Vaccination in the Punjab 1867-1880 - 1867-1880
Year: 1867
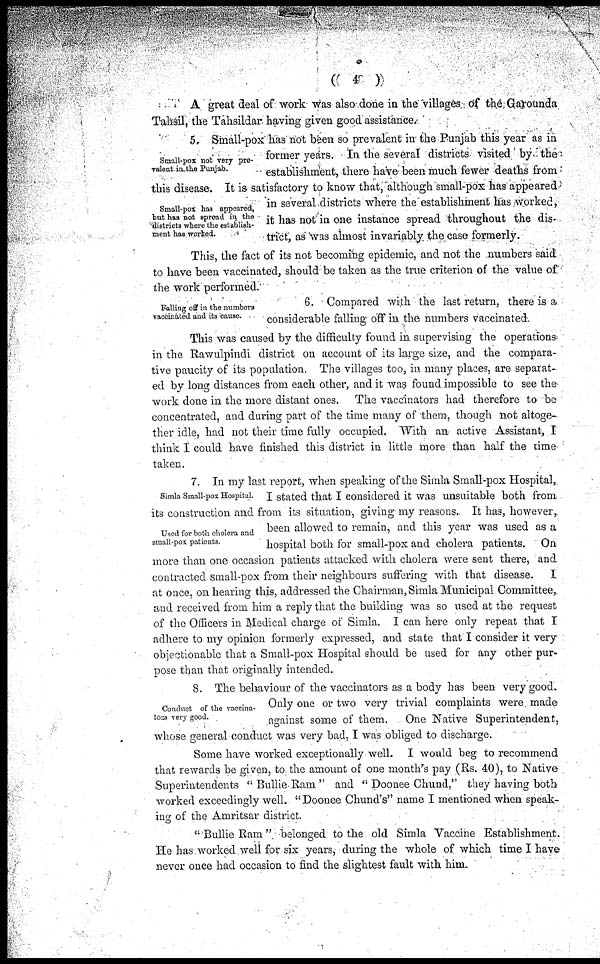
((
4
))
A great deal of work was also done in the villages of the Garounda
Tahsil, the Tahsildar having given good assistance.
Small-pox not very pre-
valent in the Punjab.
Small-pox has appeared,
but has not spread in theSmall-pox has not been
districts where the establish-
ment has worked.
5. Small-pox has not been so prevalent in the Punjab this year as in
former years. In the several districts visited by the
establishment, there have been much fewer deaths from
this disease. It is satisfactory to know that, although small-pox has appeared
in several districts where the establishment has worked,
it has not in one instance spread throughout the dis-
trict, as was almost invariably the case formerly.
This, the fact of its not becoming epidemic, and not the numbers said
to have been vaccinated, should be taken as the true criterion of the value of
the work performed.
Falling off in the numbers
vaccinatëd and its 'cause.
6. Compared with the last return, there is a
considerable falling off in the numbers vaccinated.
This was caused by the difficulty found in supervising the operations
in the Rawulpindi district on account of its large size, and the compara-
tive paucity of its population. The villages too, in many places, are separat-
ed by long distances from each other, and it was found impossible to see the-
work done in the more distant ones. The vaccinators had therefore to be
concentrated, and during part of the time many of them, though not altoge-
ther idle, had not their time fully occupied. With an active Assistant, I
think I could have finished this district in little more than half the time
taken.
Simla Small-pox Hospital.
Used for both cholera and
small-pox patients.
7. In my last report, when speaking of the Simla Small-pox Hospital,
I stated that I considered it was unsuitable both from
its construction and from its situation, giving my reasons. It has, however,
been allowed to remain, and this year was used as a
hospital both for small-pox and cholera patients. On
more than one occasion patients attacked with cholera were sent there, and
contracted small-pox from their neighbours suffering with that disease.
I
at once, on hearing this, addressed the Chairman, Simla Municipal Committee,
and received from him a reply that the building was so used at the request
of the Officers in Medical charge of Simla. I can here only repeat that I
adhere to my opinion formerly expressed, and state that I consider it very
objectionable that a Small-pox Hospital should be used for any other pur-
pose than that originally intended.
Conduct of the vaccina-
tors very good.
8. The behaviour of the vaccinators as a body has been very good.
Only one or two very trivial complaints were made
against some of them. One Native Superintendent,
whose general conduct was very bad, I was obliged to discharge.
Some have worked exceptionally well. I would beg to recommend
that rewards be given, to the amount of one month's pay (Rs. 40), to Native-
Superintendents "Bullie Ram" and "Doonee Chund," they having both
worked exceedingly well. "Doonee Chund's" name I mentioned when speak-
ing of the Amritsar district.
"Bullie Ram" belonged to the old Simla Vaccine Establishment.
He has worked well for six years, during the whole of which time I have
never once had occasion to find the slightest fault with him.